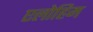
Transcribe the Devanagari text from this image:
एलोहिम